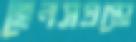
হেনসগ্রপ্তো